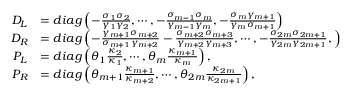
\begin{array} { r l } { D _ { L } } & { = d i a g \left( - \frac { \sigma _ { 1 } \sigma _ { 2 } } { \gamma _ { 1 } \gamma _ { 2 } } , \cdots , - \frac { \sigma _ { m - 1 } \sigma _ { m } } { \gamma _ { m - 1 } \gamma _ { m } } , - \frac { \sigma _ { m } \gamma _ { m + 1 } } { \gamma _ { m } \sigma _ { m + 1 } } \right) } \\ { D _ { R } } & { = d i a g \left( - \frac { \gamma _ { m + 1 } \sigma _ { m + 2 } } { \sigma _ { m + 1 } \gamma _ { m + 2 } } - \frac { \sigma _ { m + 2 } \sigma _ { m + 3 } } { \gamma _ { m + 2 } \gamma _ { m + 3 } } , \cdots , - \frac { \sigma _ { 2 m } \sigma _ { 2 m + 1 } } { \gamma _ { 2 m } \gamma _ { 2 m + 1 } } , \right) } \\ { P _ { L } } & { = d i a g \left( \theta _ { 1 } \frac { \kappa _ { 2 } } { \kappa _ { 1 } } , \cdots , \theta _ { m } \frac { \kappa _ { m + 1 } } { \kappa _ { m } } \right) , } \\ { P _ { R } } & { = d i a g \left( \theta _ { m + 1 } \frac { \kappa _ { m + 1 } } { \kappa _ { m + 2 } } , \cdots , \theta _ { 2 m } \frac { \kappa _ { 2 m } } { \kappa _ { 2 m + 1 } } \right) , } \end{array}